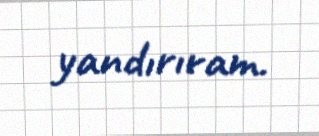
yandırıram.